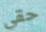
حقي